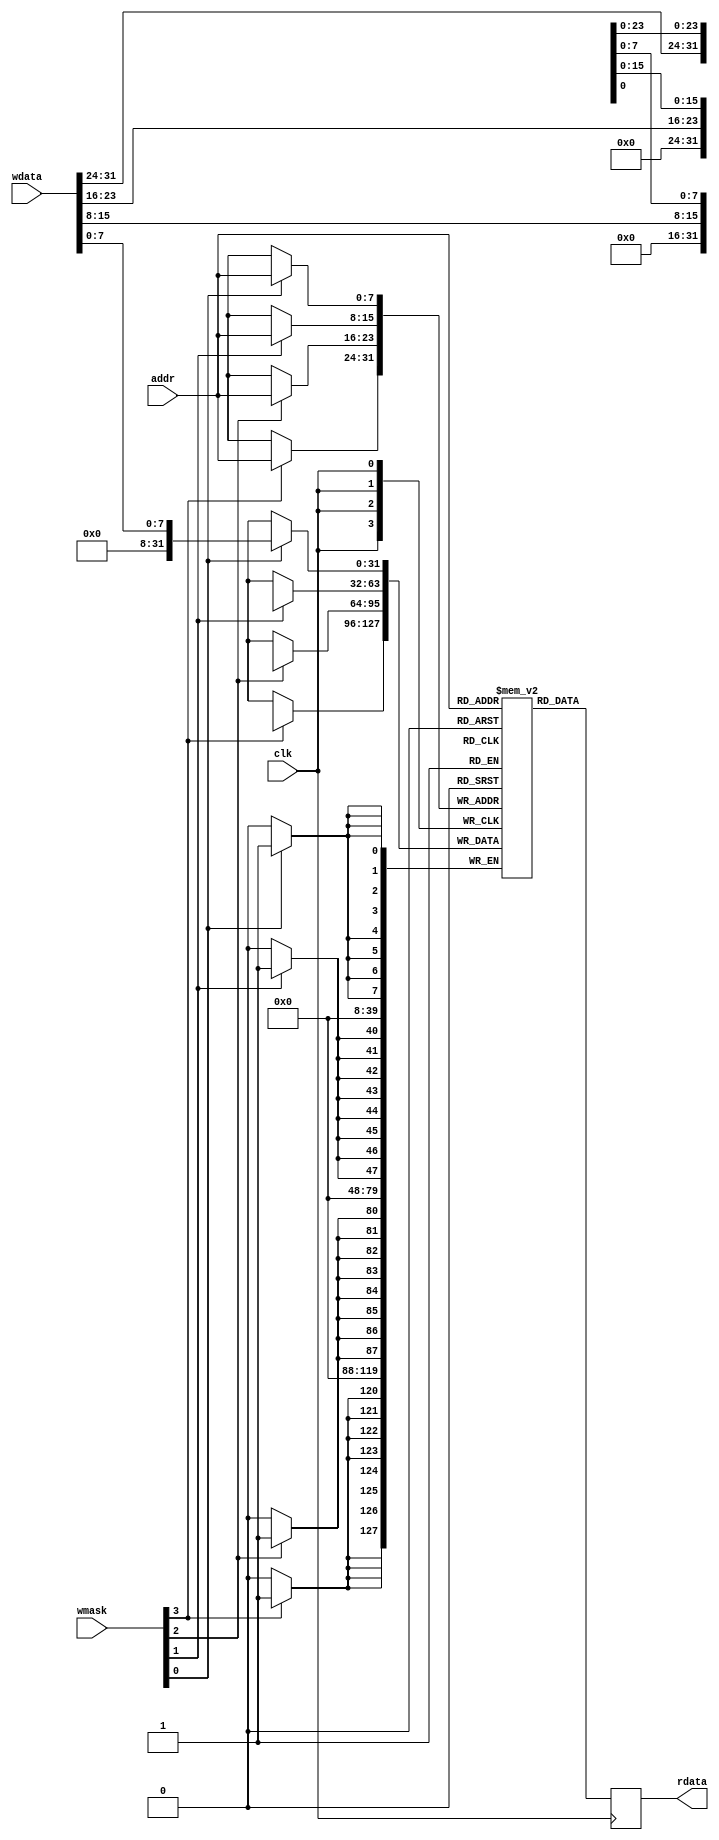
// This program was cloned from: https://github.com/FPGAwars/FLIX-V
// License: GNU Lesser General Public License v2.1

/*
 *  kianv.v - a simple RISC-V rv32i
 *
 *  copyright (c) 2022 hirosh dabui <hirosh@dabui.de>
 *
 *  permission to use, copy, modify, and/or distribute this software for any
 *  purpose with or without fee is hereby granted, provided that the above
 *  copyright notice and this permission notice appear in all copies.
 *
 *  the software is provided "as is" and the author disclaims all warranties
 *  with regard to this software including all implied warranties of
 *  merchantability and fitness. in no event shall the author be liable for
 *  any special, direct, indirect, or consequential damages or any damages
 *  whatsoever resulting from loss of use, data or profits, whether in an
 *  action of contract, negligence or other tortious action, arising out of
 *  or in connection with the use or performance of this software.
 *
 */
`default_nettype none `timescale 1 ns / 100 ps
module bram #(
        parameter integer WIDTH = 8,
        parameter INIT_FILE = "",
        parameter SHOW_FIRMWARE = 0
    ) (
        input wire clk,
        input wire [WIDTH -1:0] addr,
        input wire [31:0] wdata,
        output reg [31:0] rdata,
        input wire [3:0] wmask
    );
    reg [31:0] mem[0:(1<<WIDTH) -1];

    integer i;
    always @(posedge clk) begin

        for (i = 0; i < 4; i = i + 1) begin
            if (wmask[i]) mem[addr][8*i +: 8] <= wdata[8*i +: 8];
        end

        rdata <= mem[addr];

    end

endmodule